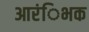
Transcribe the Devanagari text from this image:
आरंिभक